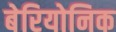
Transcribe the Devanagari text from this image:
बेरियोनिक